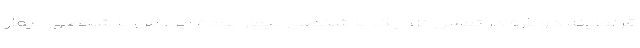
قرنطینه دوباره در تماس نزدیک با شخصی بیمار بوده اید. من با شخصی بیمار